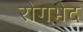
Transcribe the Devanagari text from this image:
रोगभेद